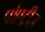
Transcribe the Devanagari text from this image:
पोएट्रीज़